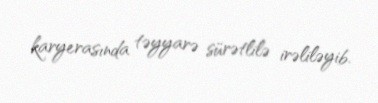
karyerasında təyyarə sürətlilə irəliləyib.